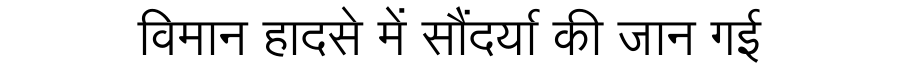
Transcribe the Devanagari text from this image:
विमान हादसे में सौंदर्या की जान गई